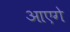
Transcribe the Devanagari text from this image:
आएगे